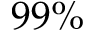
9 9 \%